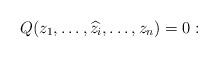
LaTeX: \begin{align*}Q(z_1, \dots, \widehat{z_i}, \dots, z_n) = 0:\end{align*}